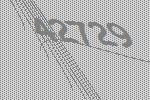
42729